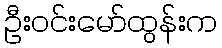
ဦးဝင်းမော်ထွန်းက